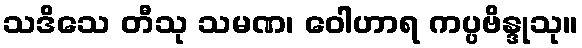
သဒိသေ တီသု သမဏ၊ ဝေါဟာရ ကပ္ပဗိန္ဒုသု။